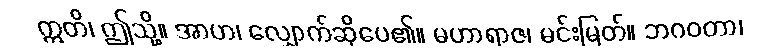
ဣတိ၊ ဤသို့။ အာဟ၊ လျှောက်ဆိုပေ၏။ မဟာရာဇ၊ မင်းမြတ်။ ဘဂဝတာ၊